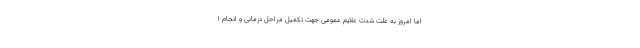
اما امروز به علت شدت علایم عمومی جهت تکمیل مراحل درمانی و انجام ا